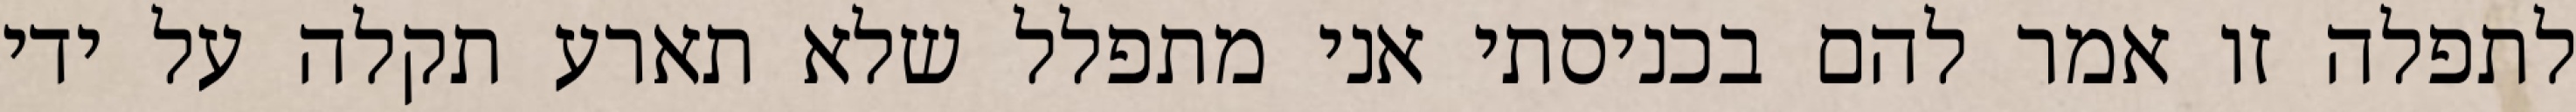
לתפלה זו אמר להם בכניסתי אני מתפלל שלא תארע תקלה על ידי